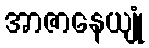
အာဇာနေယျုံ